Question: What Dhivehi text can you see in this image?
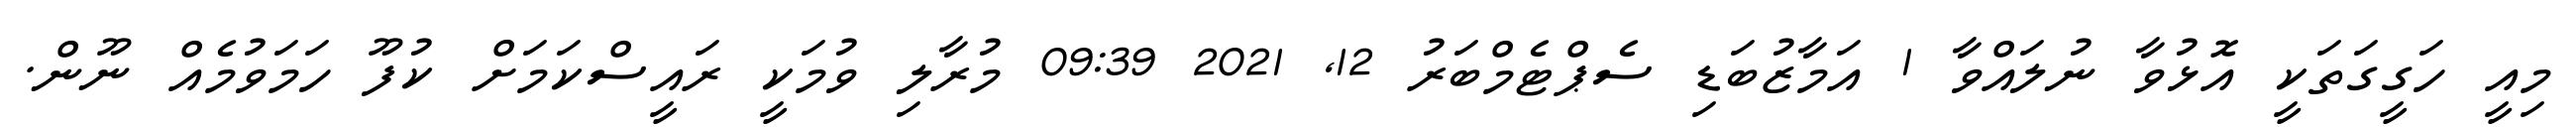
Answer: މިއީ ހަގީގަތަކީ އޮޅުވާ ނުލައްވާ 1 އަމާޒުބަޑި ސެޕްޓެމްބަރު 12, 2021 09:39 މުރާލި ވުމަކީ ރައީސްކަމަށް ކުފޫ ހަމަވުމެއް ނޫން.